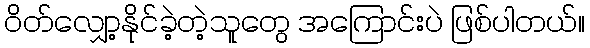
ဝိတ်လျှော့နိုင်ခဲ့တဲ့သူတွေ အကြောင်းပဲ ဖြစ်ပါတယ်။